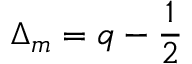
\Delta _ { m } = q - \frac { 1 } { 2 }